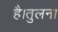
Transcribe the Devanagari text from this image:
है।तुलना